Report of veterinary surgeon J.H. Steel, A.V.D., on his investigation into an obscure and fatal disease among transport mules in British Burma
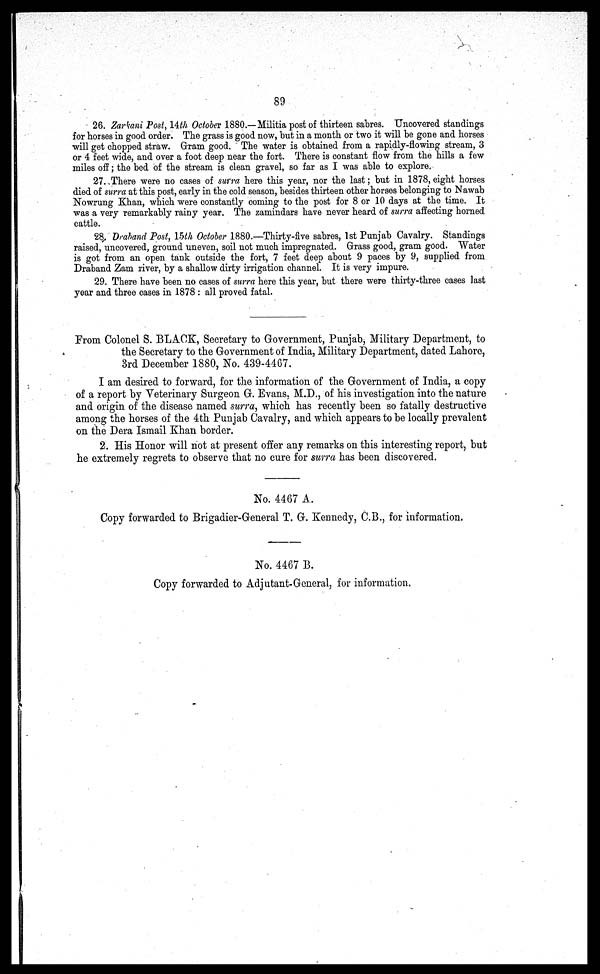
89
26. Zarkani Post, 14th October 1880.—Militia post of thirteen sabres. Uncovered standings
for horses in good order. The grass is good now, but in a month or two it will be gone and horses
will get chopped straw. Gram good. The water is obtained from a rapidly-flowing stream, 3
or 4 feet wide, and over a foot deep near the fort. There is constant flow from the hills a few
miles off ; the bed of the stream is clean gravel, so far as I was able to explore.
27. There were no cases of surra here this year, nor the last; but in 1878, eight horses
died of surra at this post, early in the cold season, besides thirteen other horses belonging to Nawab
Nowrung Khan, which were constantly coming to the post for 8 or 10 days at the time. It
was a very remarkably rainy year. The zamindars have never heard of surra affecting horned
cattle.
28. Draband Post, 15th October 1880.—Thirty-five sabres, 1st Punjab Cavalry. Standings
raised, uncovered, ground uneven, soil not much impregnated. Grass good, gram good. Water
is got from an open tank outside the fort, 7 feet deep about 9 paces by 9, supplied from
Draband Zam river, by a shallow dirty irrigation channel. It is very impure.
29. There have been no cases of surra here this year, but there were thirty-three cases last
year and three cases in 1878 : all proved fatal.
From Colonel S. BLACK, Secretary to Government, Punjab, Military Department, to
the Secretary to the Government of India, Military Department, dated Lahore,
3rd December 1880, No. 439-4467.
I am desired to forward, for the information of the Government of India, a copy
of a report by Veterinary Surgeon G. Evans, M.D., of his investigation into the nature
and origin of the disease named surra, which has recently been so fatally destructive
among the horses of the 4th Punjab Cavalry, and which appears to be locally prevalent
on the Dera Ismail Khan border.
2. His Honor will not at present offer any remarks on this interesting report, but
he extremely regrets to observe that no cure for surra has been discovered.
No. 4467 A.
Copy forwarded to Brigadier-General T. G. Kennedy, C.B., for information.
No. 4467 B.
Copy forwarded to Adjutant-General, for information.